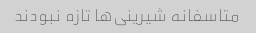
متاسفانه شیرینی‌ها تازه نبودند